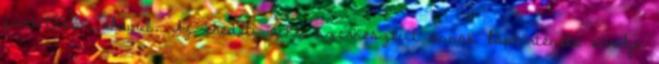
fordításán alapul. Az eredeti cikk szerkesztőit annak laptörténete sorolja